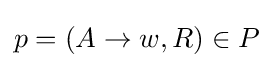
p=(A\to w,R)\in P